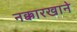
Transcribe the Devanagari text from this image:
नक्कारखाने